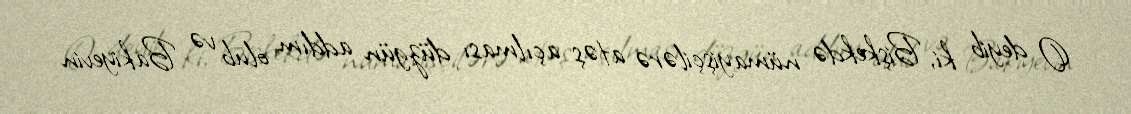
O deyib ki, Bişkekdə nümayişçilərə atəş açılması düzgün addım olub və Bakiyevin